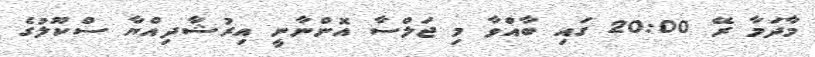
މާދަމާ ރޭ 20:00 ގައި ބާއްވާ މި ޖަލްސާ އޮންނާނީ އިރުޝާދިއްޔާ ސްކޫލުގެ